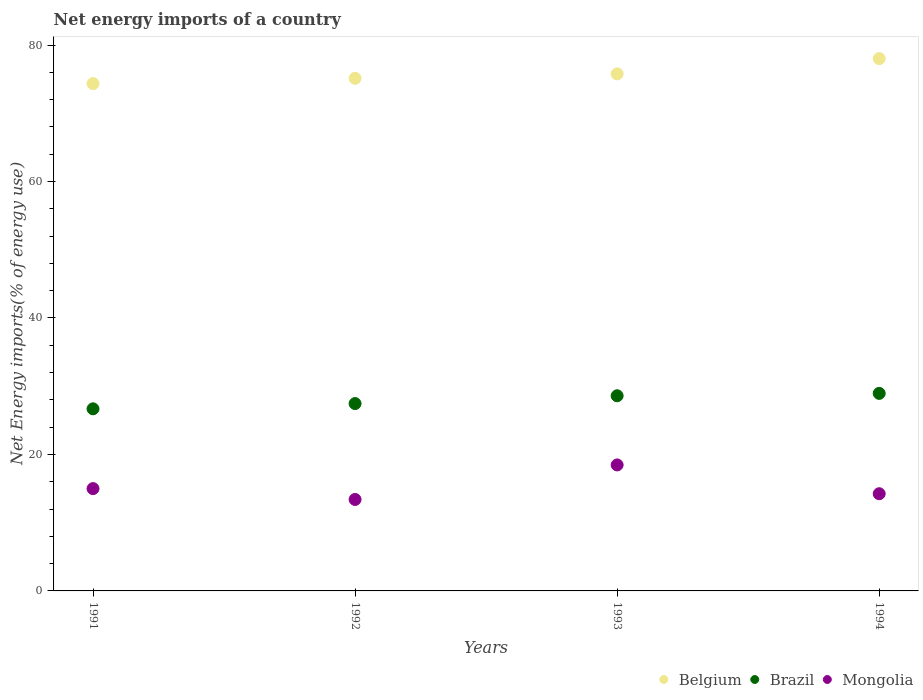
| Years | Belgium | Brazil | Mongolia |
 | --- | --- | --- | --- |
 | 1991 | 74.4 | 26.7 | 15 |
 | 1992 | 75.1 | 27.5 | 13.4 |
 | 1993 | 75.8 | 28.6 | 18.5 |
 | 1994 | 78 | 29 | 14.2 |